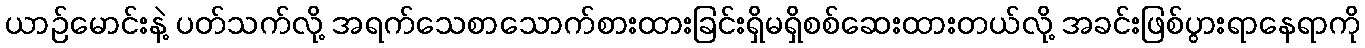
ယာဉ်မောင်းနဲ့ ပတ်သက်လို့ အရက်သေစာသောက်စားထားခြင်းရှိမရှိစစ်ဆေးထားတယ်လို့ အခင်းဖြစ်ပွားရာနေရာကို